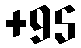
+95